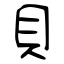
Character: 貝